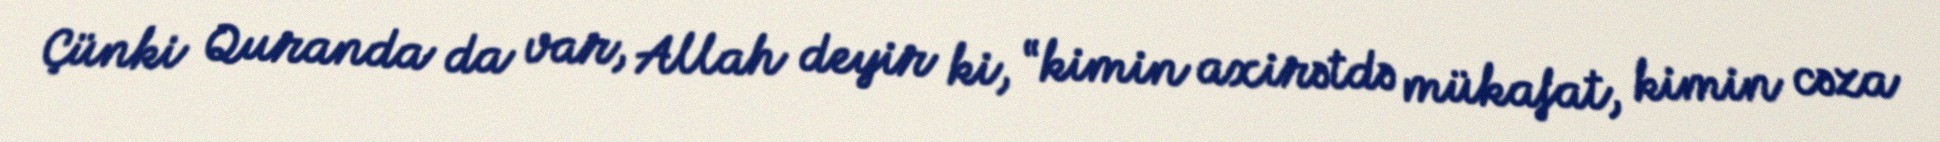
Çünki Quranda da var, Allah deyir ki, “kimin axirətdə mükafat, kimin cəza